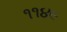
૧૧૪૯